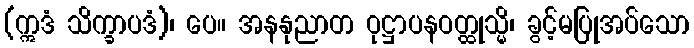
(ဣဒံ သိက္ခာပဒံ)၊ ပေ။ အနနုညာတ ဝုဋ္ဌာပနဝတ္ထုသ္မိ၊ ခွင့်မပြုအပ်သော